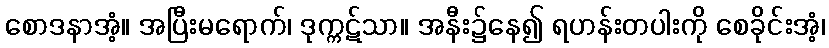
စောဒနာအံ့။ အပြီးမရောက်၊ ဒုက္ကဋ်သာ။ အနီး၌နေ၍ ရဟန်းတပါးကို စေခိုင်းအံ့၊